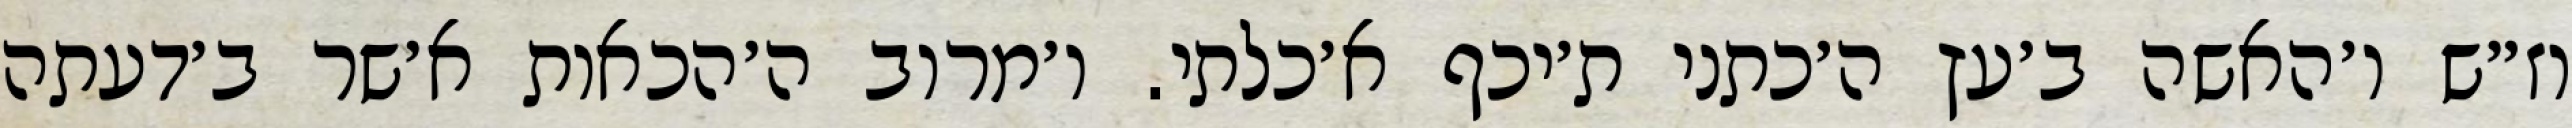
וז״ש ו׳האשה ב׳עץ ה׳כתני ת׳יכף א׳כלתי. ו׳מרוב ה׳הכאות א׳שר ב׳דעתה